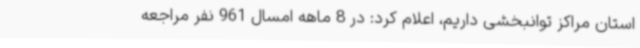
استان مراکز توانبخشی داریم، اعلام کرد: در 8 ماهه امسال 961 نفر مراجعه